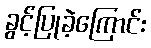
ခွင့်ပြုခဲ့ကြောင်း